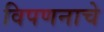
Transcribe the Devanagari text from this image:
विपणनाचे